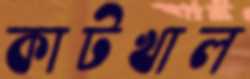
কাটখাল